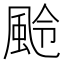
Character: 𩖵